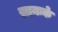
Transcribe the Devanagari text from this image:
सामःके